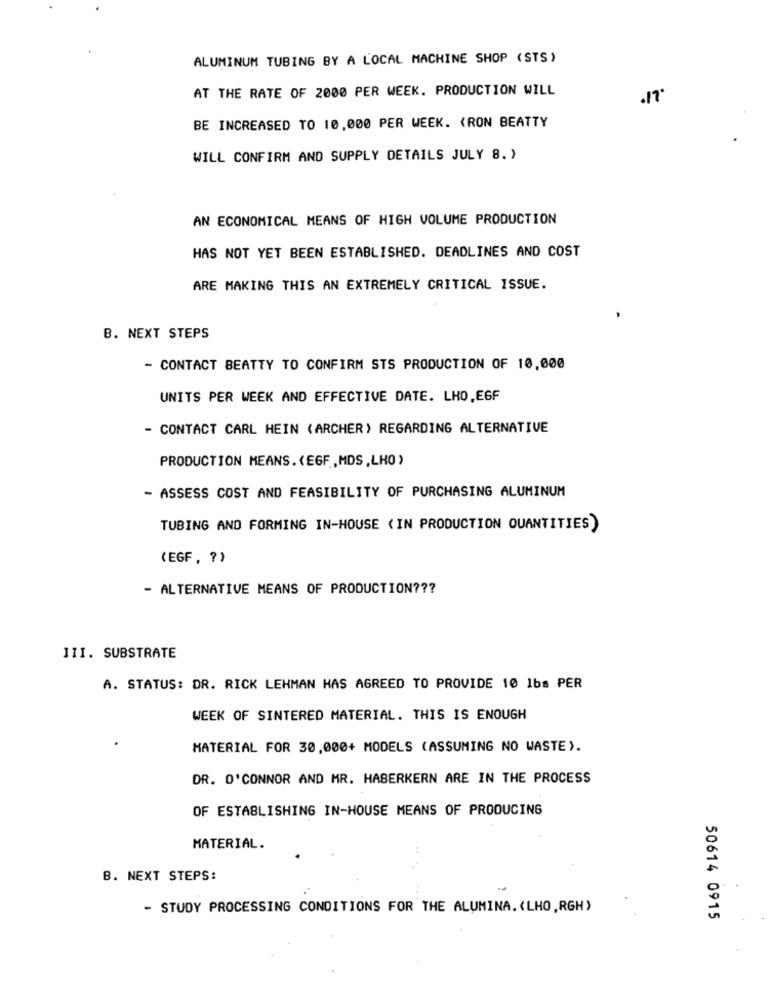
ALUMINUM TUBING BY A LOCAL MACHINE SHOP (STS)
AT THE RATE OF 2000 PER WEEK. PRODUCTION WILL
.17
BE INCREASED TO 10,000 PER WEEK. < RON BEATTY
WILL CONFIRM AND SUPPLY DETAILS JULY 8. >
AN ECONOMICAL MEANS OF HIGH VOLUME PRODUCTION
HAS NOT YET BEEN ESTABLISHED. DEADLINES AND COST
ARE MAKING THIS AN EXTREMELY CRITICAL ISSUE.
B. NEXT STEPS
- CONTACT BEATTY TO CONFIRM STS PRODUCTION OF 10,000
UNITS PER WEEK AND EFFECTIVE DATE. LHO,EGF
- CONTACT CARL HEIN (ARCHER) REGARDING ALTERNATIVE
PRODUCTION MEANS.(EGF ., MDS,LHO)
- ASSESS COST AND FEASIBILITY OF PURCHASING ALUMINUM
TUBING AND FORMING IN-HOUSE (IN PRODUCTION QUANTITIES)
(EGF, ? )
- ALTERNATIVE MEANS OF PRODUCTION ???
III. SUBSTRATE
A. STATUS: DR. RICK LEHMAN HAS AGREED TO PROVIDE 10 1bs PER
WEEK OF SINTERED MATERIAL. THIS IS ENOUGH
MATERIAL FOR 30,000+ MODELS (ASSUMING NO WASTE).
DR. O'CONNOR AND MR. HABERKERN ARE IN THE PROCESS
OF ESTABLISHING IN-HOUSE MEANS OF PRODUCING
MATERIAL.
B. NEXT STEPS:
- STUDY PROCESSING CONDITIONS FOR THE ALUMINA. (LHO, RGH)
50614 0915